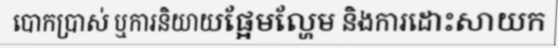
បោកប្រាស់ ឬការនិយាយផ្អែមល្ហែម និងការដោះសាយក